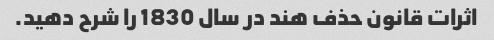
اثرات قانون حذف هند در سال 1830 را شرح دهید.